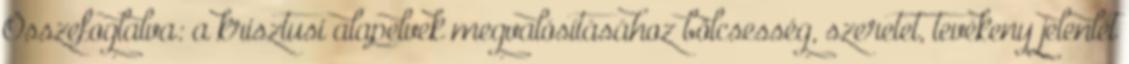
Összefoglalva: a krisztusi alapelvek megvalósításához bölcsesség, szeretet, tevékeny jelenlét